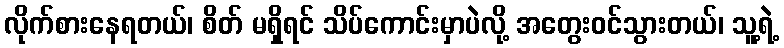
လိုက်စားနေရတယ်၊ စိတ် မရှိရင် သိပ်ကောင်းမှာပဲလို့ အတွေးဝင်သွားတယ်၊ သူ့ရဲ့